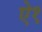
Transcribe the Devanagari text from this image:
ऐ१